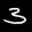
Label: 3